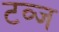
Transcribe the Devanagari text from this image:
टव्ज